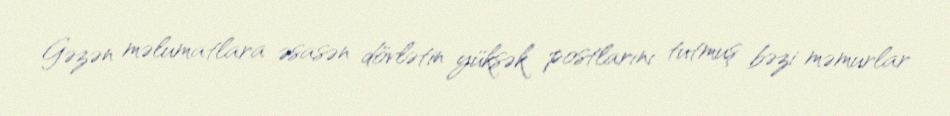
Gəzən məlumatlara əsasən dövlətin yüksək postlarını tutmuş bəzi məmurlar